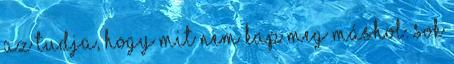
az tudja, hogy mit nem kap meg máshol. Sok